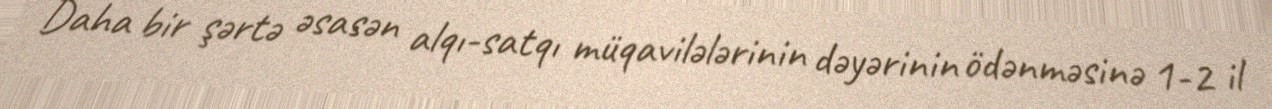
Daha bir şərtə əsasən alqı-satqı müqavilələrinin dəyərinin ödənməsinə 1-2 il